Source: Handwritten
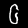
Digit: ၆ (6)